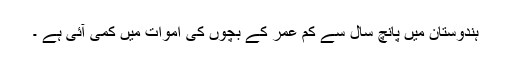
ہندوستان میں پانچ سال سے کم عمر کے بچوں کی اموات میں کمی آئی ہے ۔